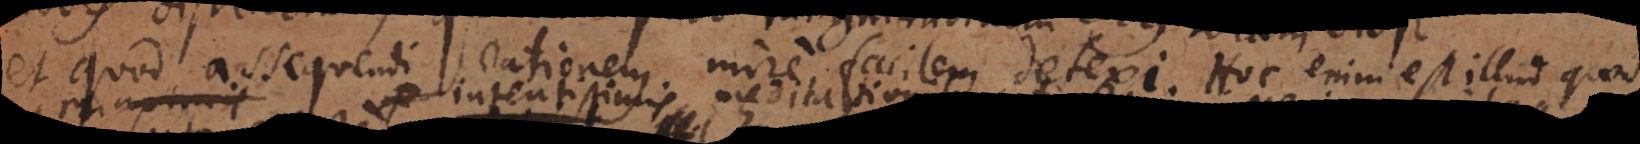
et quod assequendi rationem mire facilem detexi. Hoc enim est illud